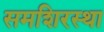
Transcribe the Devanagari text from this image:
समशिरस्था